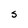
Character: S